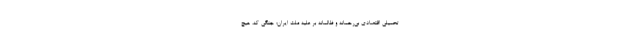
تحمیلی اقتصادی بی‌رحمانه و ظالمانه بر علیه ملّت ایران؛ جنگی که، هیچ